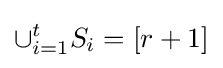
\cup _{i=1}^{t}S_{i}=\left[r+1\right]